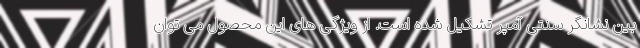
بین نشانگر سنتی آمپر تشکیل شده است. از ویژگی های این محصول می توان